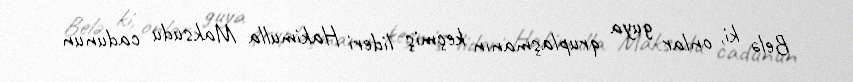
Belə ki, onlar guya qruplaşmanın keçmiş lideri Hakimulla Maksudu cadunun